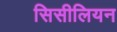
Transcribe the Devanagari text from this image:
सिसीलियन